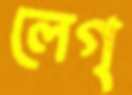
লেগ্